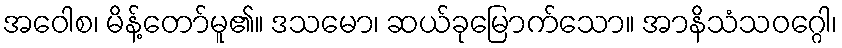
အဝေါစ၊ မိန့်တော်မူ၏။ ဒသမော၊ ဆယ်ခုမြောက်သော။ အာနိသံသဝဂ္ဂေါ၊